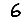
Digit: 6